Vaccination in Bombay 1889-1901 - 1889-1901
Year: 1889
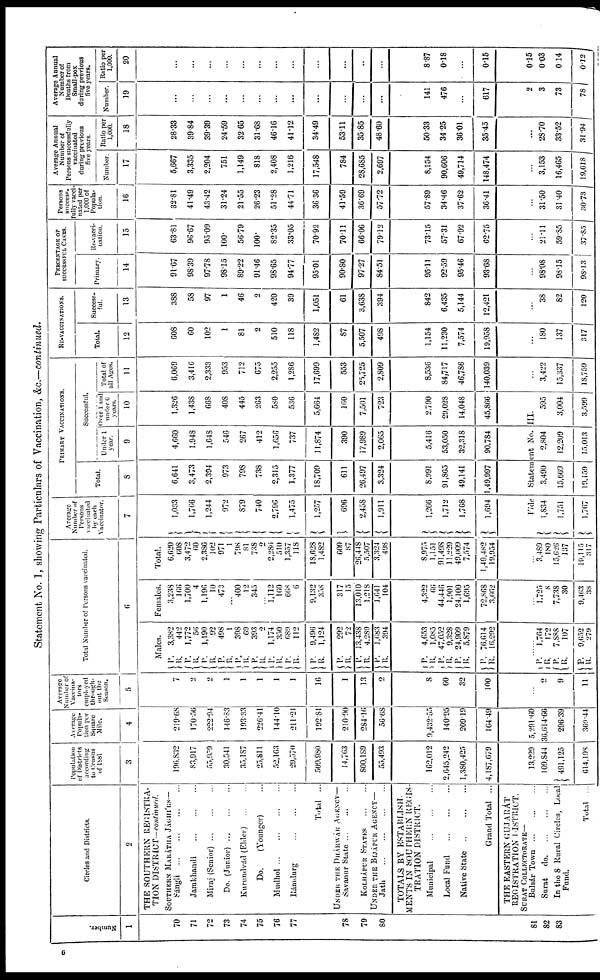
Statement No. 1, showing Particulars of Vaccination, &c.—continued.
Number.
1
70
71
72
73
74
75
76
77
78
79
80
81
82
83
Circles and Districts.
2
THE SOUTHERN REGISTRA¬
TION DISTRICT— continued.
SOUTHERN MARÁTHA JÁGHÍRS—
Sángli
...
...
...
...
Jamkhandi
...
...
...
Miraj
(Senior)...
...
...
Do.
(Junior)... ... ...
Kurundvád (Elder) ... ...
Do.
(Younger) ...
Mudhol
...
...
...
...
Rámdurg
...
...
...
Total ...
UNDER THE DHÁRWÁR AGENCY—
Savanur State
...
...
...
KOLHÁPUR STATES
...
...
UNDER THE BIJÁPUR AGENCY—
Jath ... ... ...
TOTALS BY ESTABLISH¬
MENTS IN SOUTHERN REGIS¬
TRATION DISTRICT.
Municipal
...
...
...
Local Fund
...
...
...
Native State
...
...
...
Grand Total ...
THE EASTERN GUJARÁT
REGISTRATION DISTRICT.
SURAT COLLECTORATE—
Bulsár Town
...
...
...
Surat
do. ... ... ...
In the 8 Rural Circles, Local
Fund.
Total ...
Population
of Districts
according
to Census
of 1881
3
196,832
83,917
55,959
30,541
35,187
25,811
52,163
29,570
509,980
14,763
800,189
55,493
162,012
2,645,242
1,380,425
4,187,679
13,229
109,844
491,125
614,198
Average
Popula-
tion per
Square
Mile.
4
219.68
170.50
222.94
146.83
193.33
226.41
144.10
211.21
192.81
210.90
284.16
56.68
9,432.55
140.95
209.19
164.49
5,291.60
36,614.66
296.39
369.44
Average
Number of
Vaccina-
tors
employed
through¬
out the
Season.
5
7
2
2
1
1
1
1
1
16
1
13
2
8
60
32
100
2
9
11
Total Number of Persons vaccinated.
6
Males.
P. R.
P.
R. P.
R. P.
R. P.
R.
P.
R.
P.
R.
P.
R.
P.
R.
P.
R. P.
R.
P.
R.
P.
R.
P.
R.
P.
R.
P.
R.
P.
R.
P.
R. P.
R.
3,382
442
1,772
56
1,190
92
498
1
398
69
393
2
1,174
350
689
112
9,496
1,124
292
72
13,438
4,289
1,683
394
4,653
1,085
47,052
9,328
24,909
5,879
76,614
16,292
1,764
172
7,888
107
9,652
279
Females.
3,238
166
1,700
4
1,190
10
473
...
400
12
345
...
1,112
160
668
6
9,132
358
317
15
13,010
1,218
1,641
104
4,322
66
44,446
1,901
24,100
1,695
72,868
3,662
1,725
8
7,738
30
9,463
38
Total.
6,620
608
3,472
60
2,386
102
971
1
798
81
738
2
2,286
510
1,357
118
18,628
1,482
609
87
26,448
5,507
3,324
498
8,975
1,151
91,498
11,229
49,009
7,574
1,49,482
19,954
3,489
180
15,626
137
10,115
317
Average
Number of
Persons
vaccinated
by each
Vaccinator.
7
1,033
1,766
1,244
972
879
740
2,796
1,475
1,257
696
2,458
1,911
1,266
1,712
1,768
1,694
PRIMARY VACCINATIONS.
Total.
8
6,641
3,473
2,394
973
798
738
2,315
1,377
18,709
611
26,497
3,324
8,991
91,865
49,141
1,49,997
Successful.
Under 1
year.
9
4,660
1,948
1,648
546
267
412
1,656
737
11,874
390
17,989
2,065
5,416
53,050
32,318
90,784
Over 1 and
under 6
years.
10
1,326
1,438
668
408
445
263
580
536
5,664
160
7,501
723
2,790
29,028
14,048
45,866
Vide
Statement No. III.
1,834
1,751
1,767
3,490
15,669
19,159
2,804
12,209
15,013
595
3,004
3,599
Total of
all Ages.
11
6,069
3,416
2,333
953
712
675
2,255
1,286
17,699
553
25,725
2,809
8,536
84,717
46,786
140,039
3,422
15,337
18,759
RE-VACCINATIONS.
Total.
12
608
60
102
1
81
2
510
118
1,482
87
5,507
498
1,154
11,230
7,574
19,958
180
137
317
Success-
ful.
13
388
58
97
1
46
2
420
39
1,051
61
3,638
394
842
6,435
5,144
12,421
38
82
120
PERCENTAGE OF
SUCCESSFUL CASES.
Primary.
14
91.67
98.39
97.78
98.15
89.22
91.46
98.65
94.77
95.01
90.80
97.27
84.51
95.11
92.59
95.46
93.68
98.08
98.15
98.13
Re-vacci¬
nation.
15
63.81
96.67
95.09
100.
56.79
100.
82.35
33.05
70.92
70.11
66.06
79.12
73.15
57.31
67.92
62.75
21.11
59.85
37.85
Persons
success-
fully vacci-
nated per
1,000 of
Popula-
tion.
16
32.81
41.49
43.42
31.24
21.55
26.23
51.28
44.71
36.36
41.59
36.69
57.72
57.89
34.46
37.62
36.41
31.50
31.40
30.73
Average Annual
Number of
Persons successfully
vaccinated
during previous
five years.
Number.
17
5,667
3,335
2,204
751
1,149
818
2,408
1,216
17,548
784
28,685
2,697
8,154
90,606
49,714
148,474
3,153
16,465
19,618
Ratio per
1,000.
18
28.33
39.84
39.39
24.59
32.65
31.68
46.16
41.12
34.49
53.11
35.85
48.60
50.33
34.25
36.01
35.45
28.70
33.52
31.94
Average Annual
Number of
Deaths from
Small-pox
during previous
five years.
Number.
19
...
...
...
...
...
...
...
...
...
...
...
...
141
476
...
617
2
3
73
78
Ratio per
1,000.
20
...
...
...
...
...
...
...
...
...
...
...
...
8.87
0.18
...
0.15
0.15
0.03
0.14
0.12
6